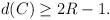
LaTeX: \begin{align*}d(C)\geq 2R-1. \end{align*}